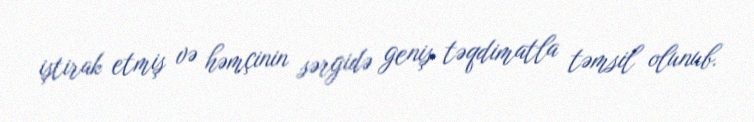
iştirak etmiş və həmçinin sərgidə geniş təqdimatla təmsil olunub.